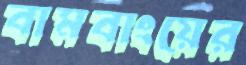
বামবাংয়ের